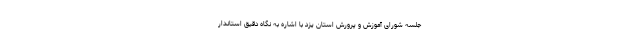
جلسه شورای آموزش و پرورش استان یزد با اشاره به نگاه دقیق استاندار